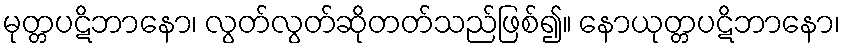
မုတ္တပဋိဘာနော၊ လွတ်လွတ်ဆိုတတ်သည်ဖြစ်၍။ နောယုတ္တပဋိဘာနော၊